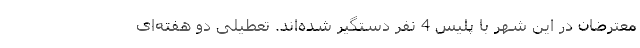
معترضان در این شهر با پلیس 4 نفر دستگیر شده‌اند. تعطیلی دو هفته‌ای